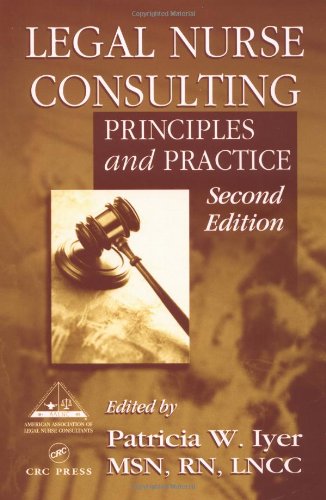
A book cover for Legal Nurse Consulting: Principles and Practice, Second Edition; Patricia W. Iyer; Law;